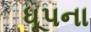
ધૂપના